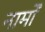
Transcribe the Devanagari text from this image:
नामोँ